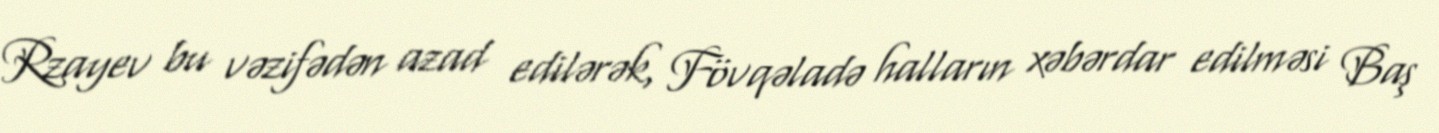
Rzayev bu vəzifədən azad edilərək, Fövqəladə halların xəbərdar edilməsi Baş